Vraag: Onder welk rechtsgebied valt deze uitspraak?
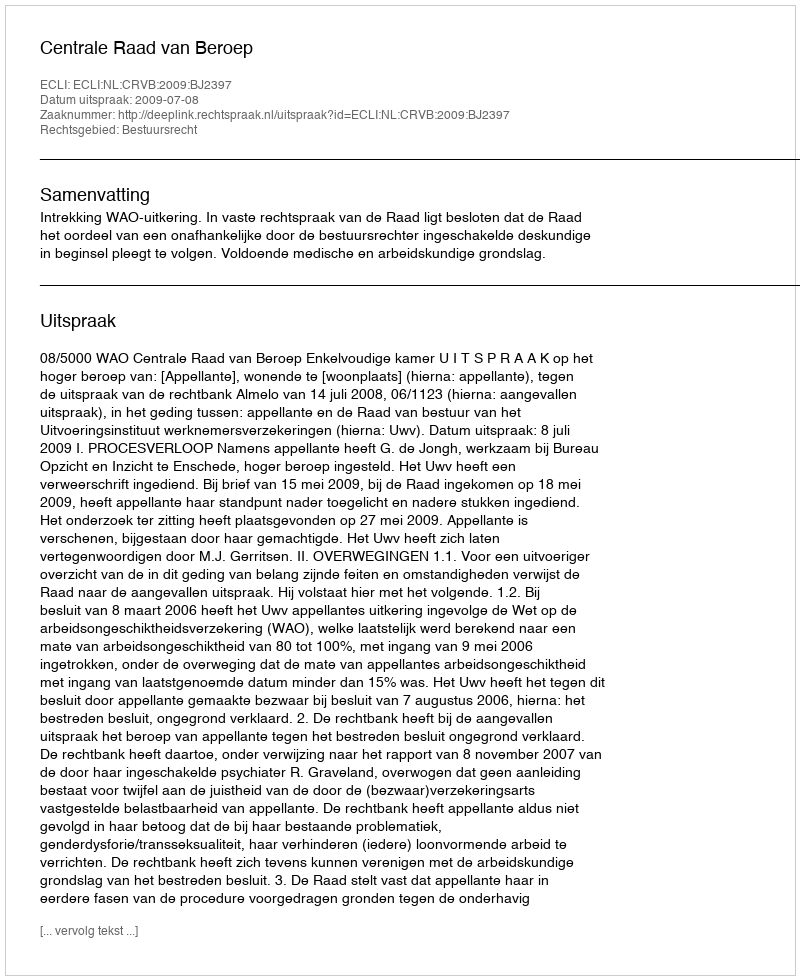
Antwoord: Bestuursrecht